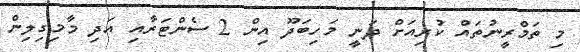
މި ތަމްރީނުތައް ކުރިއަށް ދަނީ މަހިބަދޫ އިން 2 ސެންޓަރާއި އަދި މާމިގިލިން